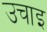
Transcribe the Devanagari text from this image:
उचाइ